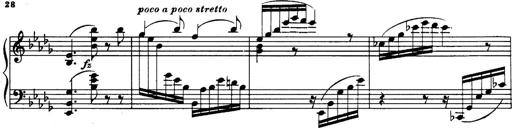
Title: 3 Sonatinas, Op.67
Composer: Jean Sibelius